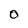
Character: O